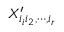
X _ { i _ { i } i _ { 2 } , \cdots , i _ { r } } ^ { \prime }